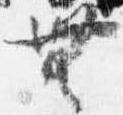
無